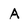
Character: A